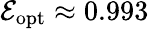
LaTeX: \mathcal E_{\mathrm{opt}}\approx 0.993